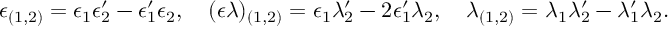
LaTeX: \epsilon _ { ( 1 , 2 ) } = \epsilon _ { 1 } \epsilon _ { 2 } ^ { \prime } - \epsilon _ { 1 } ^ { \prime } \epsilon _ { 2 } , \quad ( \epsilon \lambda ) _ { ( 1 , 2 ) } = \epsilon _ { 1 } \lambda _ { 2 } ^ { \prime } - 2 \epsilon _ { 1 } ^ { \prime } \lambda _ { 2 } , \quad \lambda _ { ( 1 , 2 ) } = \lambda _ { 1 } \lambda _ { 2 } ^ { \prime } - \lambda _ { 1 } ^ { \prime } \lambda _ { 2 } .